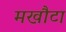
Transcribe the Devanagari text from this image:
मखौटा